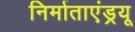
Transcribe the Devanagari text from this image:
निर्माताएंड्रयू